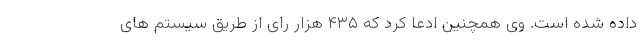
داده شده است. وی همچنین ادعا کرد که ۴۳۵ هزار رای از طریق سیستم های